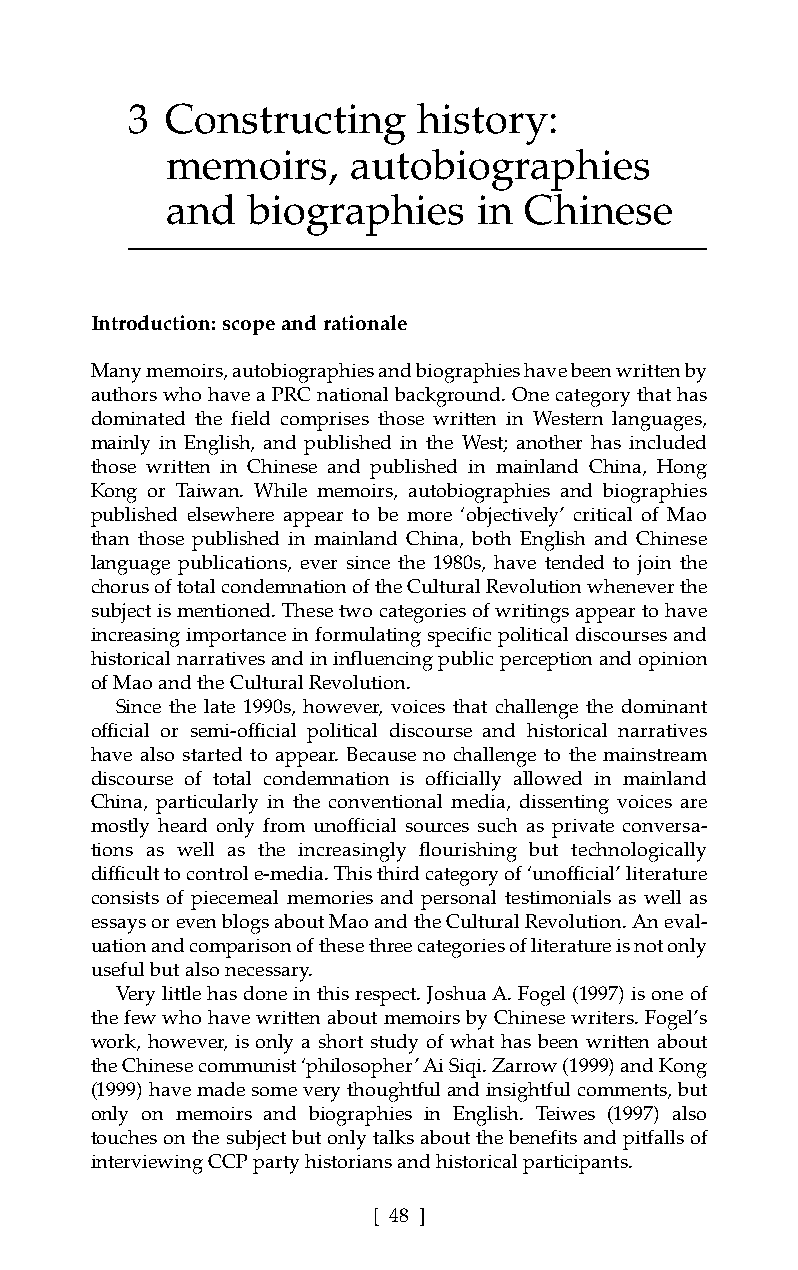
3  Constructing     history:
 memoirs,    autobiographies
 and  biographies     in Chinese
 Introduction:scope and rationale
 Many memoirs, autobiographies and biographies have been written by
 authors who have a PRC national background. One category that has
 dominated the field comprises those written in Western languages,
 mainly in English, and published in the West; another has included
 those written in Chinese and published in mainland China, Hong
 Kong or Taiwan. While memoirs, autobiographies and biographies
 published elsewhere appear to be more ‘objectively’ critical of Mao
 than those published in mainland China, both English and Chinese
 language publications, ever since the 1980s, have tended to join the
 chorus of total condemnation of the Cultural Revolution whenever the
 subject is mentioned. These two categories of writings appear to have
 increasing importance in formulating specific political discourses and
 historical narratives and in influencing public perception and opinion
 of Mao and the Cultural Revolution.
 Since the late 1990s, however, voices that challenge the dominant
 official or semi-official political discourse and historical narratives
 have also started to appear. Because no challenge to the mainstream
 discourse of total condemnation is officially allowed in mainland
 China, particularly in the conventional media, dissenting voices are
 mostly heard only from unofficial sources such as private conversa-
 tions as well as the increasingly flourishing but technologically
 difficult to control e-media. This third category of ‘unofficial’ literature
 consists of piecemeal memories and personal testimonials as well as
 essays or even blogs about Mao and the Cultural Revolution. An eval-
 uation and comparison of these three categories of literature is not only
 useful but also necessary.
 Very little has done in this respect. Joshua A. Fogel (1997) is one of
 the few who have written about memoirs by Chinese writers. Fogel’s
 work, however, is only a short study of what has been written about
 the Chinese communist ‘philosopher’ Ai Siqi. Zarrow (1999) and Kong
 (1999) have made some very thoughtful and insightful comments, but
 only on memoirs and biographies in English. Teiwes (1997) also
 touches on the subject but only talks about the benefits and pitfalls of
 interviewing CCP party historians and historical participants.
 [ 48 ]